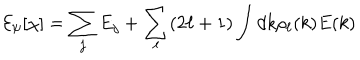
LaTeX: { \cal E } _ { \psi } [ \chi ] = \sum _ { j } E _ { j } + \sum _ { \ell } ( 2 \ell + 1 ) \int d k \rho _ { \ell } ( k ) E ( k )